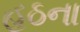
હઠના